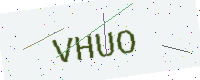
Text: VHUO